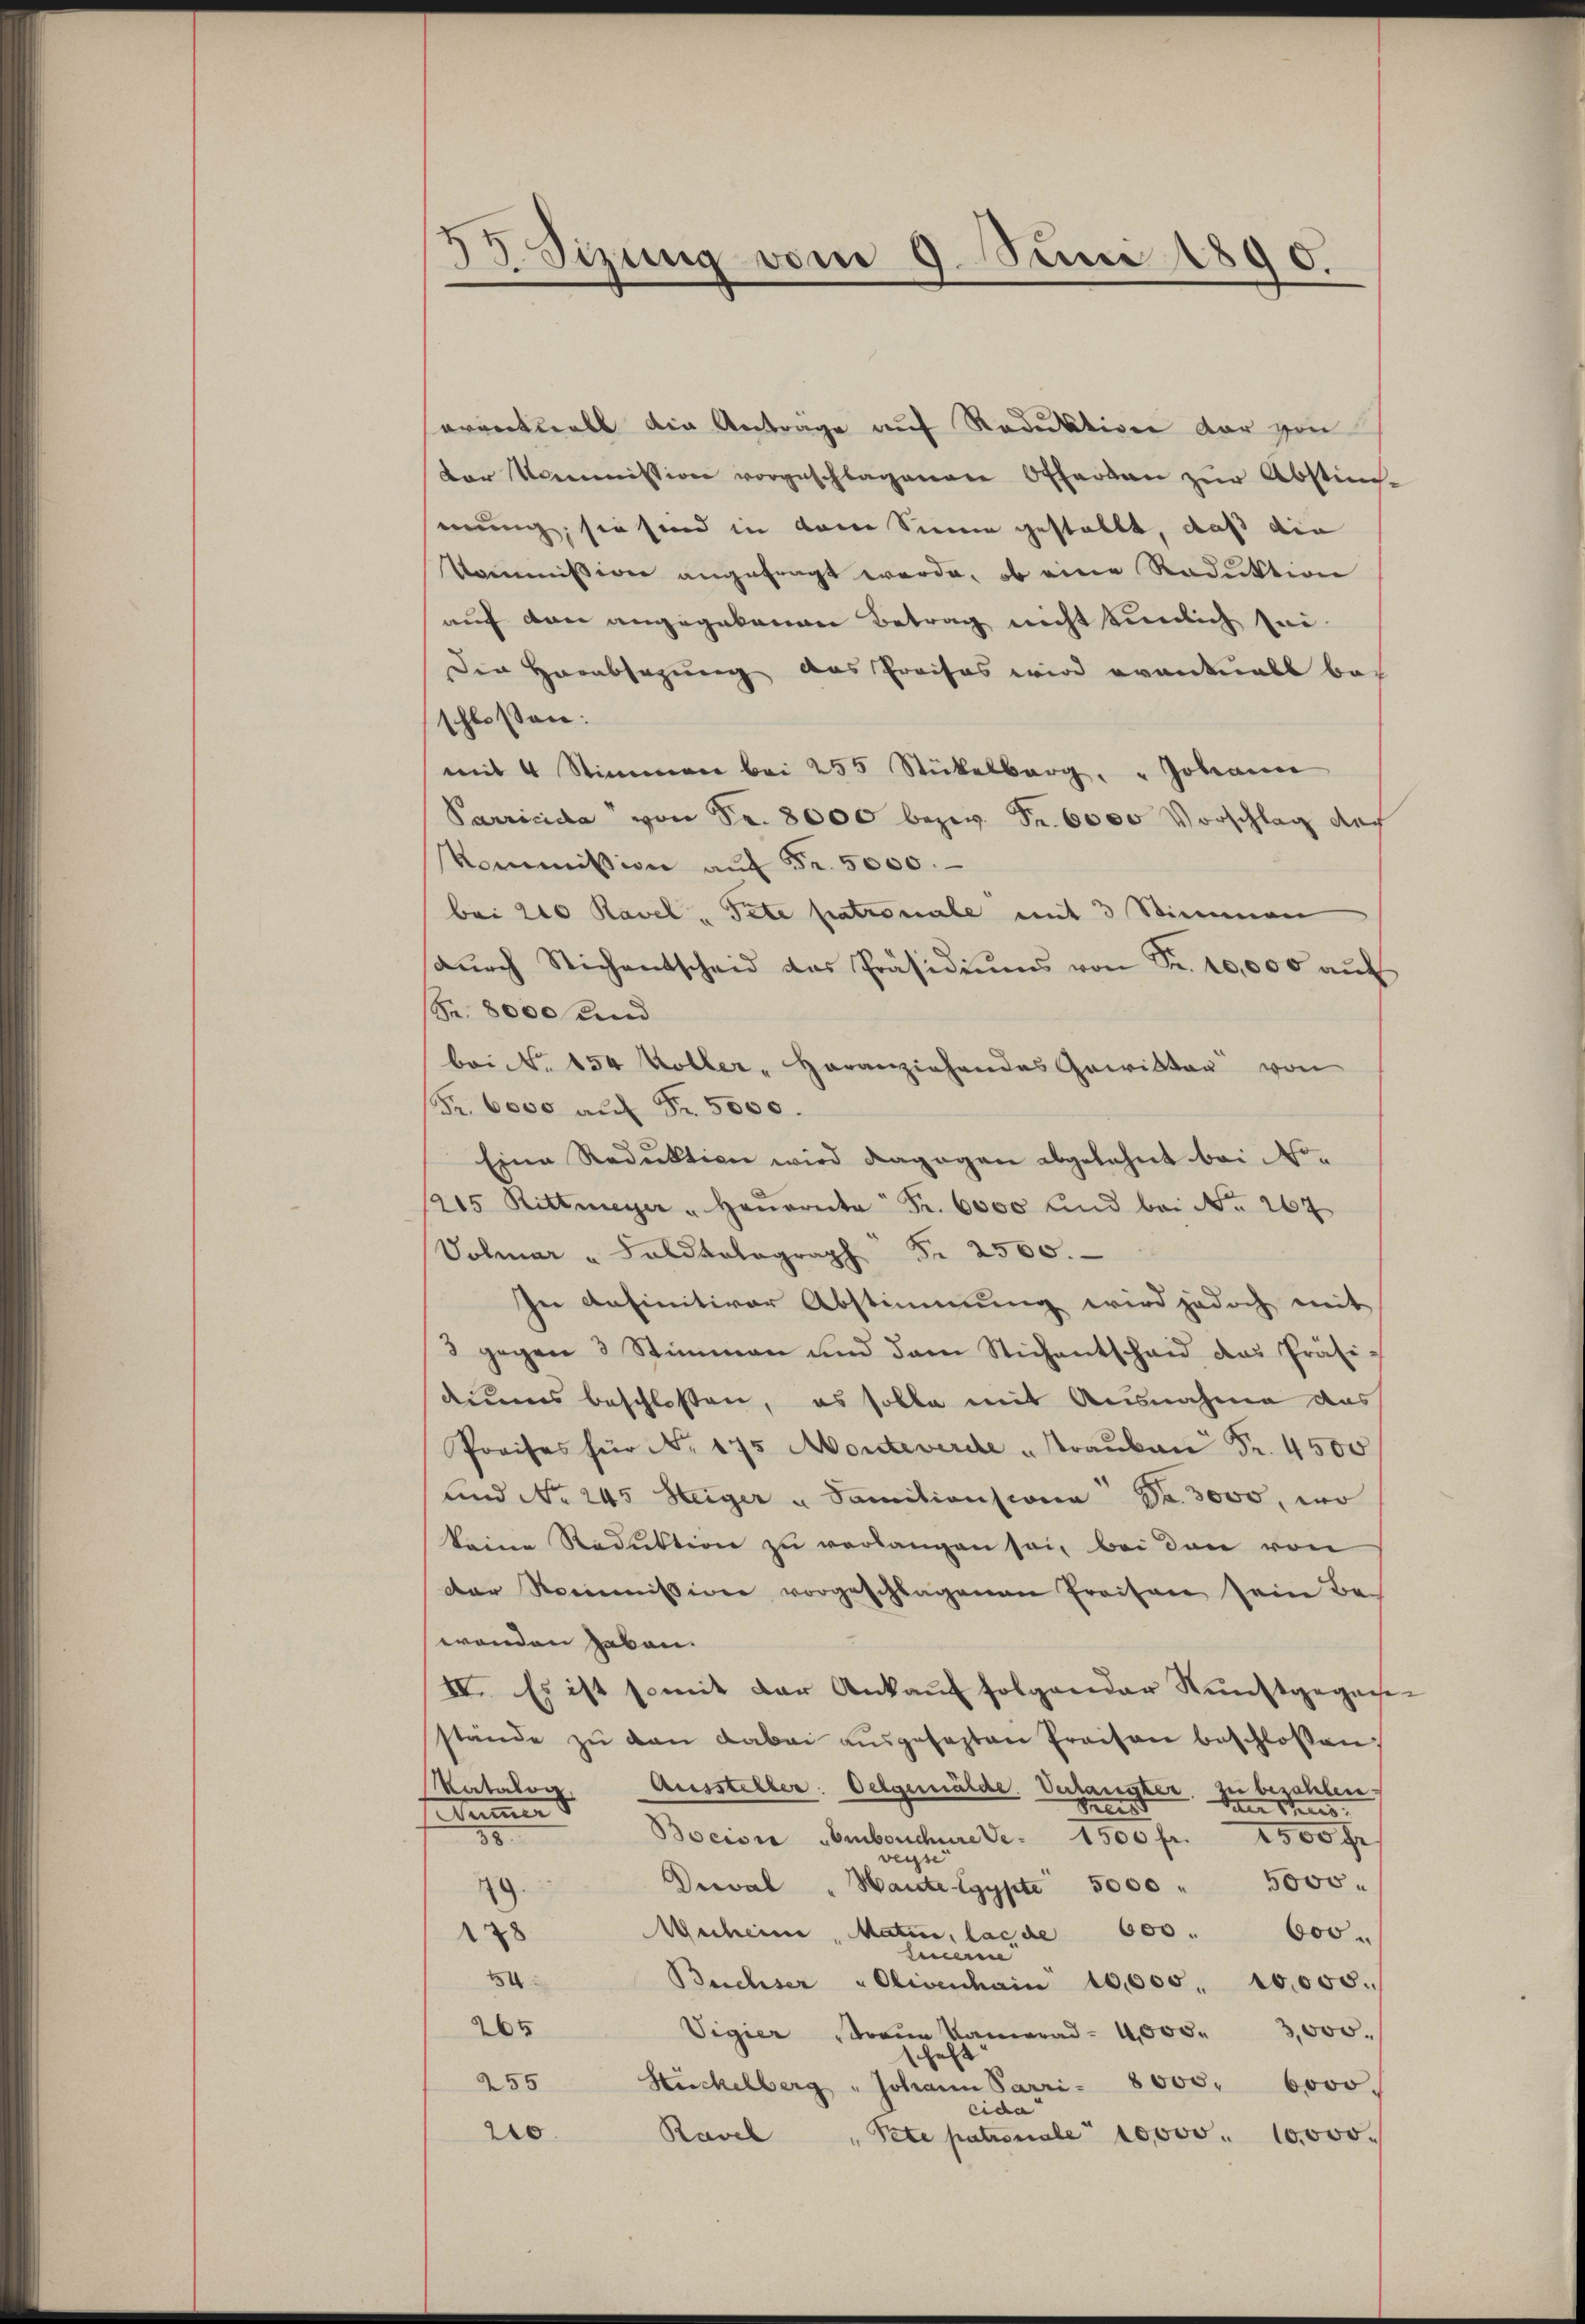
33 Sizung vom 9. Juni 1890.

erventuell die Anträge auf Reduktion der von
der Kommission vorgeschlagenen Offerten zŭr Abstim-
erung, sie sind in dem Sinne gestellt, daß die
Kommission angefragt werde, ob eine Reduktion
auf den angegebenen Betrag nicht einlich sei
Der Herabsazung das Preises wird eventall beschlossen:
mit 4 Stimmen bei 255 Stickelberg. " Johann
Parricida von Fr. 8000 bezw. Fr. 6000 Vorschlag auch
Kommission auf Fr. 5000.
bei 210 Ravel - Pete patronale mit 3 Stimmen
sŭrch Sichentscheid das Präsidiŭms von Fr. 10,000 aŭf
(S. 8000 und
bai NNo. 154 Voller-Horanziehendes Gewittag von
(Fr. 6000 auf Fr. 5000.
Eine Reduktion wird dagegen abgelehnt bei No¬
/15 Rittmeyer " Hanarita Fr. 6000 und bei No 267
Volmar - Saldralagraph Fr. 2500.
In definitiver Abstimmung wird jedoch mit
3 gegen 3 Stimmen und dem Stichentschaid das Präsi-
dieres beschlossen, es solle mit Ausnahme das
Preises für No. 175 Monteverde „Traŭban Fr. 4500
und No. 245 Steiger u Sanitionscona Fr. 3000, wo
keine Reduktion zu verlangen sei, bei den von
der Rommission vorgeschlagenen Preisen sein Be-
wenden haben.
IV. Es ist somit der Ankauf folgender Kunstgeganstände zŭ den dabei aŭsgefasten Preisen beschloßen,
Katalog.
Aussteller. Oelgemälde. Verlangter zu bezahlen.
e
der Schus
Dummer d
Bocisi Embonchurede. 1500 fr. soo fr
38.
weise
5000.
Dreval " Harte Egypte 5000 "
19.
Merheim, Maten, las de 600. 600.
128
Feuern
10
Buchser Olivenhain 10,000. 10000.
265
Vigier Traue Kamerad- 4,000. 3000.
schaft
255
Huckelberg " Johann Parri- 8005. 6000.
cida
210.
Ravel
 Pete patronale 10000. 10,000.